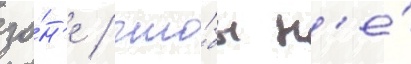
зо́н'е / что́бы н'е́